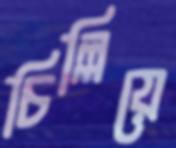
চিল্লিয়ে